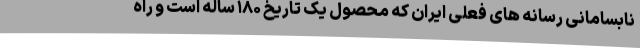
نابسامانی رسانه های فعلی ایران که محصول یک تاریخ ۱۸۰ ساله است و راه